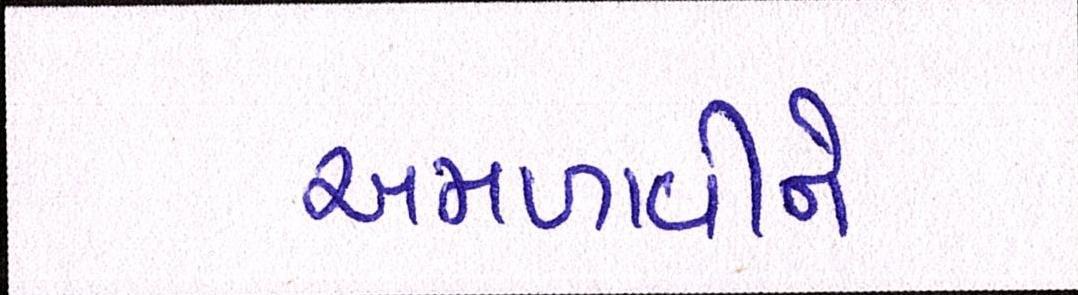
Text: અમળાવીને